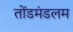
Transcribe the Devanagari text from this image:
तोंडमंडलम